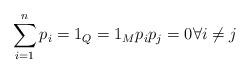
LaTeX: \begin{align*}\sum_{i=1}^n p_{i}=1_{Q}=1_{M} p_i p_j = 0 \forall i \neq j\end{align*}